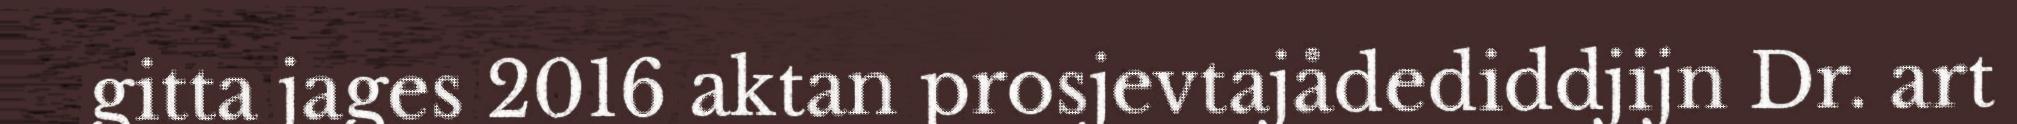
gitta jages 2016 aktan prosjevtajådediddjijn Dr. art